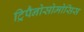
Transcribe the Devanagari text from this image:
ट्रिपैनोसोमोसिस